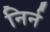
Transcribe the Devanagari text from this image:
निर्न